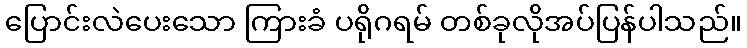
ပြောင်းလဲပေးသော ကြားခံ ပရိုဂရမ် တစ်ခုလိုအပ်ပြန်ပါသည်။